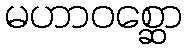
မဟာဝစ္ဆော